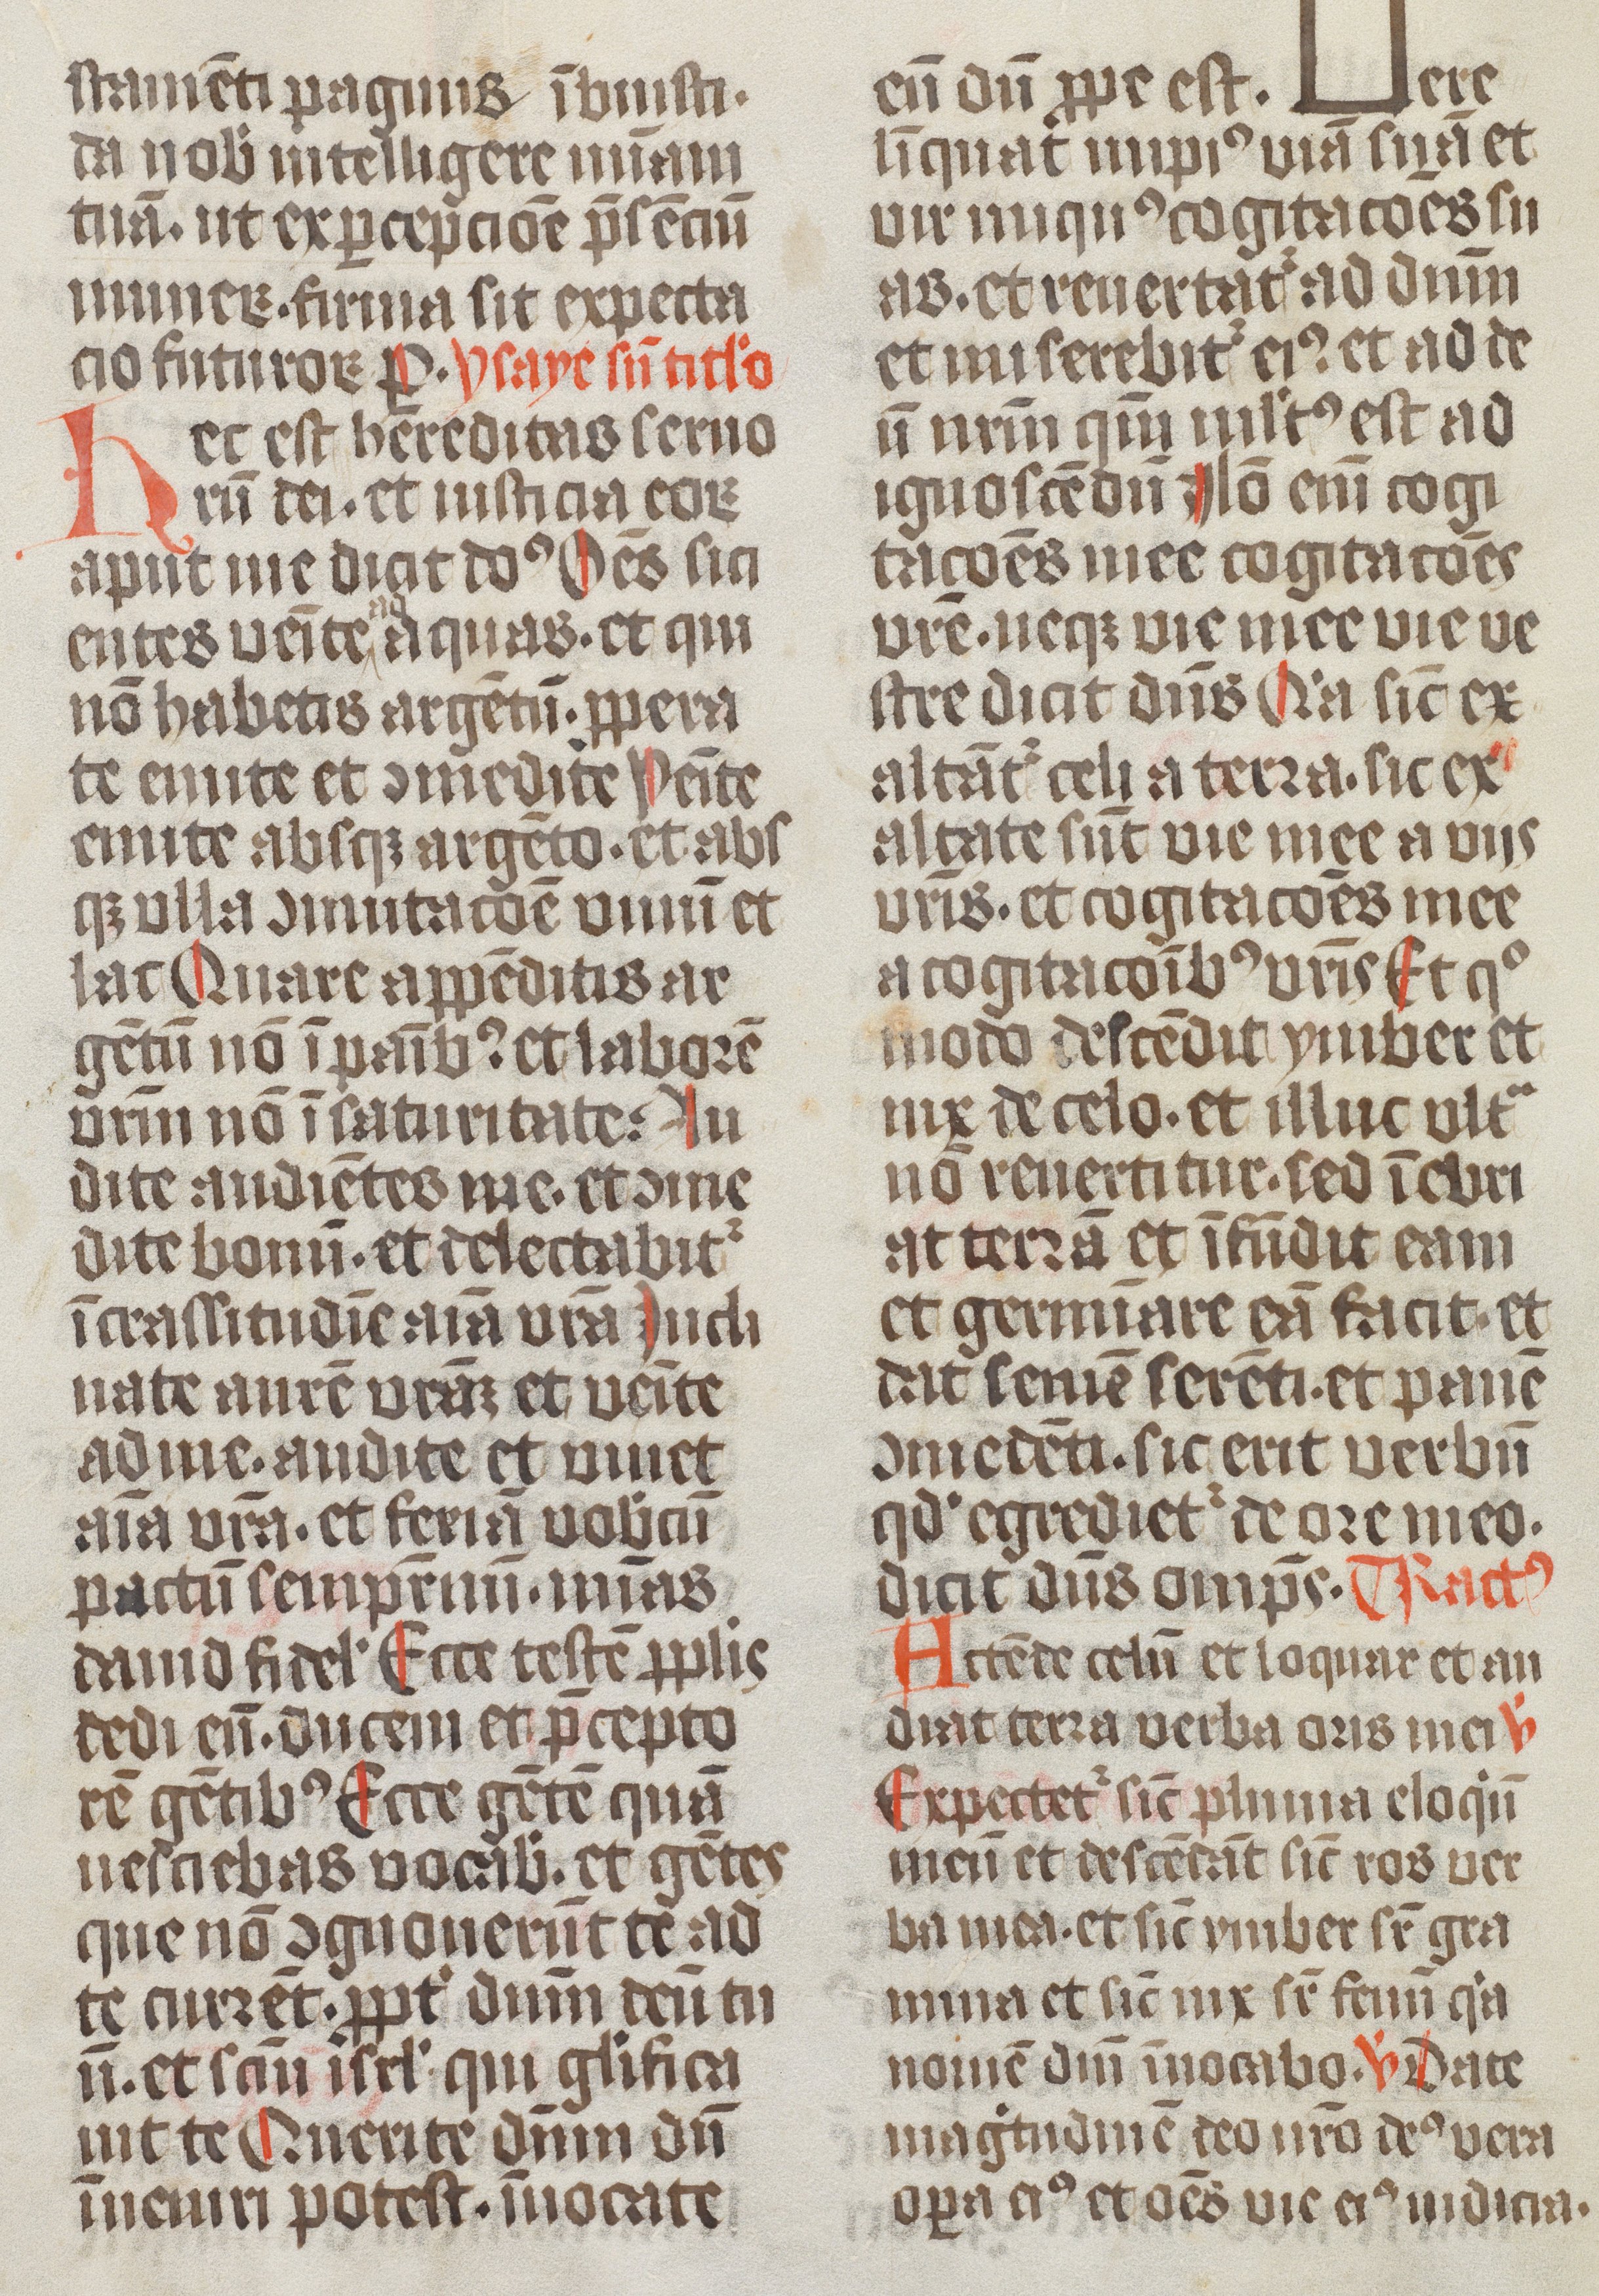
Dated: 1474–1476